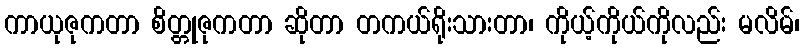
ကာယုဇုကတာ စိတ္တုဇုကတာ ဆိုတာ တကယ်ရိုးသားတာ၊ ကိုယ့်ကိုယ်ကိုလည်း မလိမ်၊